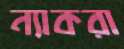
ন্যাকরা